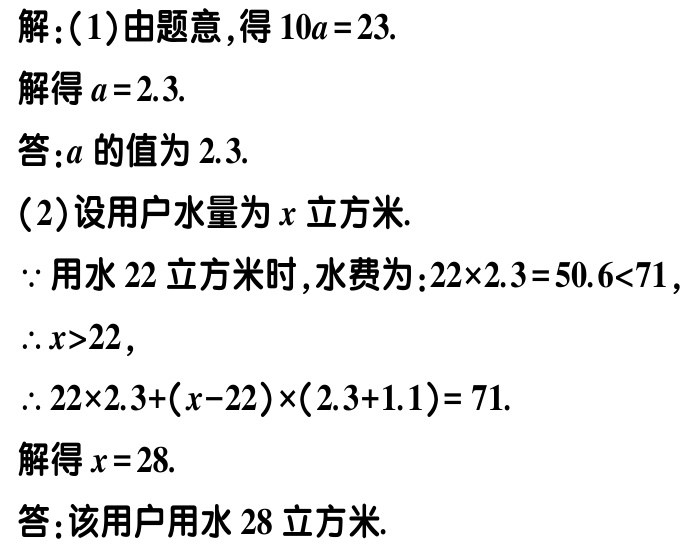
解：(1)由题意，得\(10a = 23\).
解得\(a = 2.3\).
答：\(a\)的值为\(2.3\).
(2)设用户水量为\(x\)立方米.
\(\because\)用水\(22\)立方米时，水费为：\(22\times2.3 = 50.6<71\)，
\(\therefore x>22\)，
\(\therefore 22\times2.3+(x - 22)\times(2.3 + 1.1)= 71\).
解得\(x = 28\).
答：该用户用水\(28\)立方米.